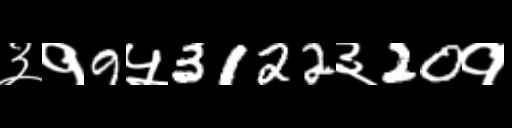
Text: ३१9५3122३20१